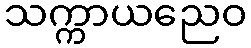
သက္ကာယညေဝ